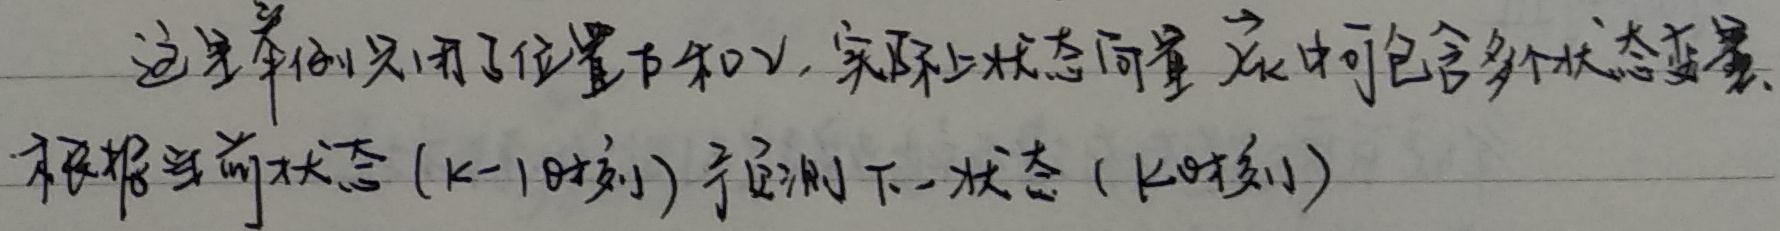
这里举例只用了位置\(\vec{p}\)和\(\vec{v}\)，实际上状态向量\(\vec{x}_k\)中可包含多个状态变量。根据当前状态（\(k - 1\)时刻）预测下一状态（\(k\)时刻）。